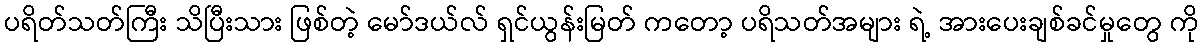
ပရိတ်သတ်ကြီး သိပြီးသား ဖြစ်တဲ့ မော်ဒယ်လ် ရှင်ယွန်းမြတ် ကတော့ ပရိသတ်အများ ရဲ့ အားပေးချစ်ခင်မှုတွေ ကို